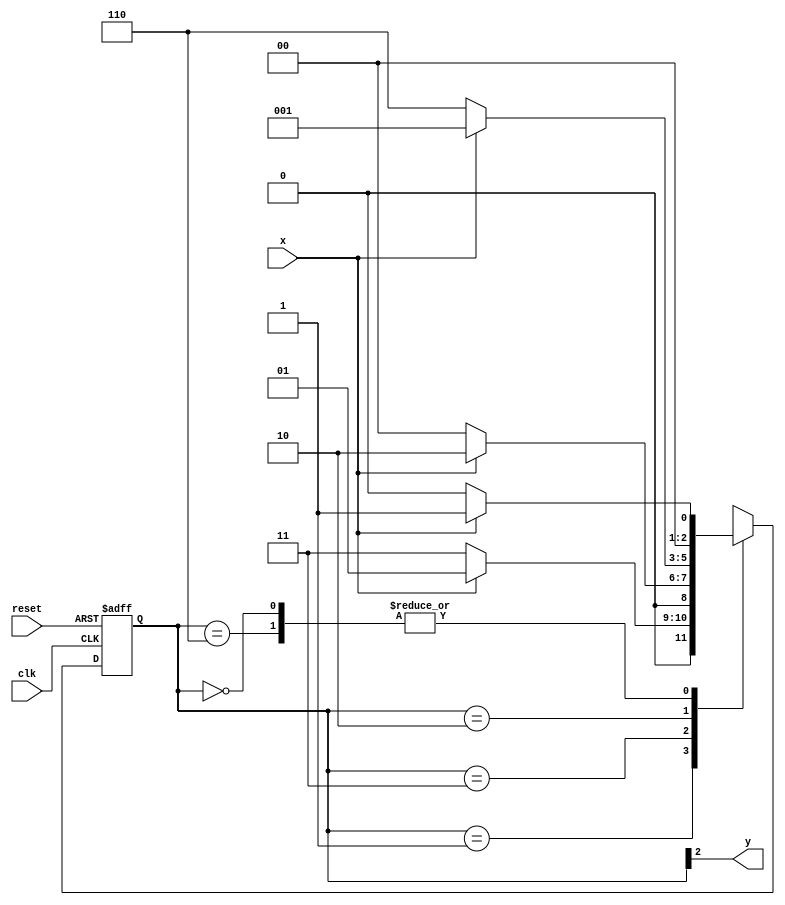
// -------------------------
// Nome: Marcio Enio Gonalves Dutra Junior
// -------------------------

// -------------- 
// --- Moore FSM 
// -------------- 
 
/* 
                                          Moore FSM Diagram 
                                       ____________________ 
                                      /                    \ 
             1         1      v    0            1        1 |   // found 
   [start] ---> [id1] ---> [id11] ---> [id110] ---> [id1101] 
     ^  \0      0 |           1/  ^      0 |        0 | 
      \_/        /             \__/      |           | 
       \________/                      /           | 
        \                            /           / 
         \_________________________/           / 
          \                                  / 
           \______________________________ / 
 
*/ 
 
// constant definition 
`define found       1 
`define notfound 0 
 
// FSM by Moore 
module  moore1010 ( y, x, clk, reset ); 
 output y; 
 input   x; 
 input   clk; 
 input   reset; 
 
 reg      y; 
 
 parameter        // state identifiers 
   start     = 3'b000, 
   id1       = 3'b001, 
   id10     = 3'b011, 
   id101   = 3'b010, 
   id1010 = 3'b110;  //  signal found 
 
   reg [2:0] E1; // current state variables 
   reg [2:0] E2; // next state logic output 
 
 
 
// next state logic 
   always @( x or E1 ) 
    begin 
     case( E1 ) 
      start: 
        if ( x ) 
         E2 = id1; 
        else 
         E2 = start; 
      id1: 
        if ( x ) 
         E2 = id1; 
        else 
         E2 = id10; 
      id10: 
        if ( x ) 
         E2 = id101; 
        else 
         E2 = start; 
      id101: 
        if ( x ) 
         E2 = id1; 
        else 
         E2 = id1010; 
      id1010: 
        if ( x ) 
         E2 = id1; 
        else 
         E2 = start; 
     default:   // undefined statee   
         E2 = 3'bxxx; 
     endcase 
    end // always at signal or state changing 
 
// state variables 
   always @( posedge clk or negedge reset ) 
    begin 
     if ( reset ) 
      E1 = E2;    // updates current state 
     else 
      E1 = 0;     // reset 
    end // always at signal changing 
 
// output logic 
   always @( E1 ) 
    begin 
     y = E1[2];   // first bit of state value (MOORE indicator) 
    end // always at state changing 
 
endmodule // moore1101